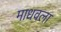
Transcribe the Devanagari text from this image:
माधवला